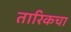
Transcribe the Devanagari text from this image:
तारिकचा